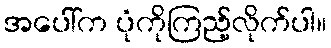
အပေါ်က ပုံကိုကြည့်လိုက်ပါ။